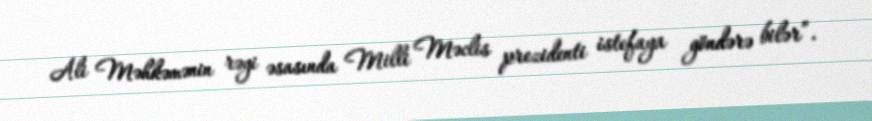
Ali Məhkəmənin rəyi əsasında Milli Məclis prezidenti istefaya göndərə bilər”.